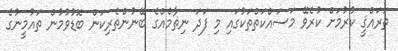
ތަރައްޤީ ކުރުމަށް ކުރެވޭ މަސައްކަތްތަކުގައި މި ފަދަ ނިޡާމެއްގެ ބޭނުންތެރިކަން ބޮޑުވުމުން ތައުމީނުގެ